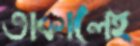
তাকালেই